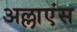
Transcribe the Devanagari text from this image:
अल्लाएंस